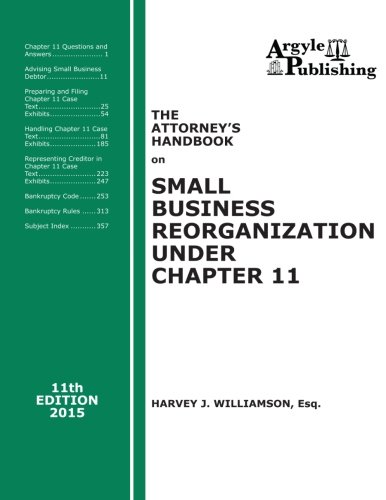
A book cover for The Attorney's Handbook on Small Business Reorganization Under Chapter 11: 11th Edition, 2015; Harvey J. Williamson Esq.; Law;